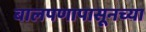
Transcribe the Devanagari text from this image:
बालपणापासूनच्या